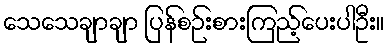
သေသေချာချာ ပြန်စဉ်းစားကြည့်ပေးပါဦး။